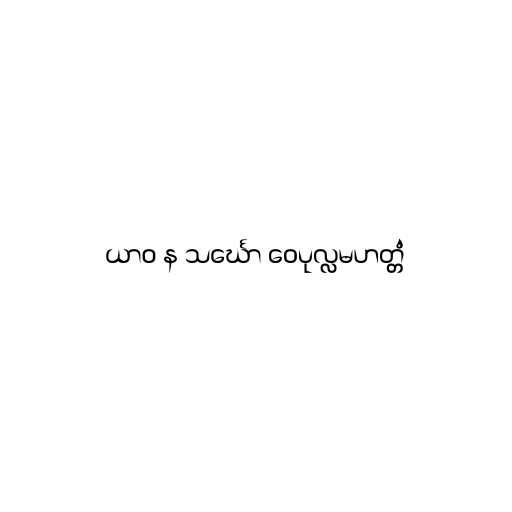
ယာဝ န သင်္ဃော ဝေပုလ္လမဟတ္တံ